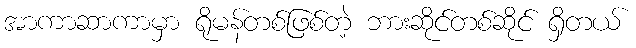
အာကာဆာကာမှာ ရိုမန်တစ်ဖြစ်တဲ့ ဘားဆိုင်တစ်ဆိုင် ရှိတယ်